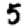
Digit: 5